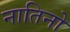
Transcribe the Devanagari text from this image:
नातिनो